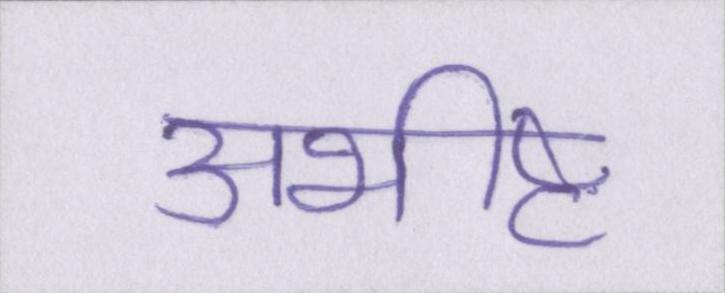
अभीष्ट